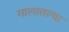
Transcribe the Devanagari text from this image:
गालातल्या